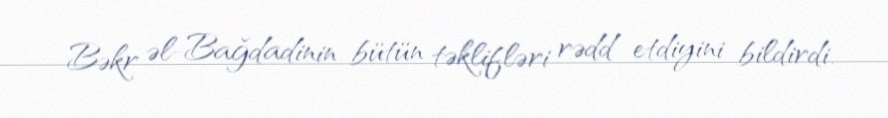
Bəkr əl-Bağdadinin bütün təklifləri rədd etdiyini bildirdi.